Epidemic dropsy in Calcutta - Number 49
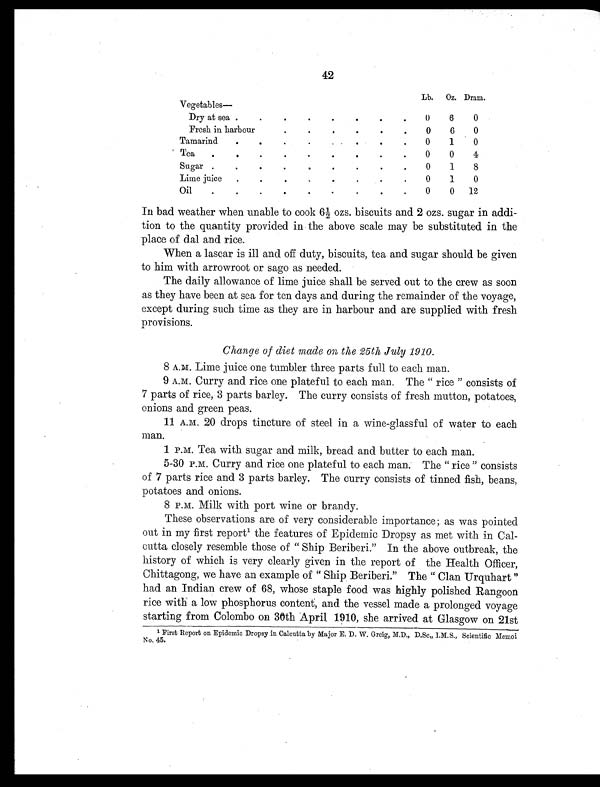
42
Lb.
Oz. Dram.
Vegetables—
Dry at sea .
.
.
.
.
.
.
.
0
6
0
Fresh in harbour
0
6
0
Tamarind
.
.
.
.
. .
.
.
.
0
1
0
Tea
0
0
4
Sugar .
.
.
.
.
.
.
.
.
0
1
8
Lime juice
.
.
.
,
.
.
.
0
1
0
Oil
.
•
.
•
.
.
,
.
.
0
0
12
In bad weather when unable to cook 6½ ozs. biscuits and 2 ozs. sugar in addi
-tion to the quantity provided in the above scale may be substituted in the
place of dal and rice.
When a lascar is ill and off duty, biscuits, tea and sugar should be given
to him with arrowroot or sago as needed.
The daily allowance of lime juice shall be served out to the crew as soon
as they have been at sea for ten days and during the remainder of the voyage,
except during such time as they are in harbour and are supplied with fresh
provisions.
Change of diet made on the 25th July 1910.
8 A.M. Lime juice one tumbler three parts full to each man.
9 A.M. Curry and rice one plateful to each man. The "rice" consists of
7 parts of rice, 3 parts barley. The curry consists of fresh mutton, potatoes,
onions and green peas.
11 A.M. 20 drops tincture of steel in a wine-glassful of water to each
man.
1 P.M. Tea with sugar and milk, bread and butter to each man.
5-30 P.M. Curry and rice one plateful to each man. The "rice" consists
of 7 parts rice and 3 parts barley. The curry consists of tinned fish, beans,
potatoes and onions.
8 P.M. Milk with port wine or brandy.
These observations are of very considerable importance; as was pointed
out in my first report1 the features of Epidemic Dropsy as met with in Cal
-cutta closely resemble those of " Ship Beriberi." In the above outbreak, the
history of which is very clearly given in the report of the Health Officer,
Chittagong, we have an example of " Ship Beriberi." The " Clan Urquhart "
had an Indian crew of 68, whose staple food was highly polished Rangoon
rice with a low phosphorus content, and the vessel made a prolonged voyage
starting from Colombo on 30th April, 1910, she arrived at Glasgow on 21st
1 First Report on Epidemic Dropsy in Calcutta by Major E. D. W. Greig, M.D., D.Sc, I.M.S., MScientific Memoi
No. 45.